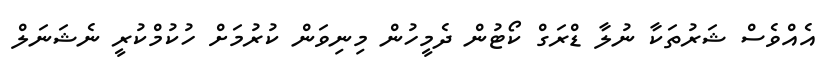
އެއްވެސް ޝަރުތަކާ ނުލާ ޑްރަގް ކޯޓުން ދެމީހުން މިނިވަން ކުރުމަށް ހުކުމްކުރީ ނެޝަނަލް